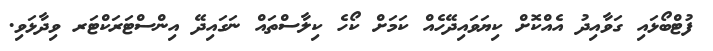
ފުޓްބޯޅައި ގަވާއިދު އެއްކޮށް ކިޔަވައިދޭހެއް ކަމަށް ކޯހެ ކިލާސްތައް ނަގައިދޭ އިންސްޓަރަކްޓަރ ވިދާޅަވި.